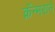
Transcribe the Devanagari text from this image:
क्रॅन्मराने